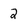
Character: 2